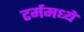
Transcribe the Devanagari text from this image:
टर्ममध्ये